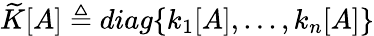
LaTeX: \widetilde K[A]\triangleq diag\{ k_{1}[A],...,k_{n}[A]\}